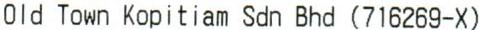
OLD TOWN KOPITIAM SDN BHD (716269-X)